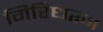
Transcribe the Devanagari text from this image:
गिरिधरन